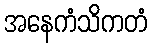
အနေကံသိကတံ